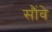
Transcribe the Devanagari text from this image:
सौंवे